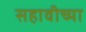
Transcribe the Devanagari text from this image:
सहावीच्या